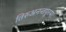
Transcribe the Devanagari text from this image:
तिरुअनन्तपुरम।